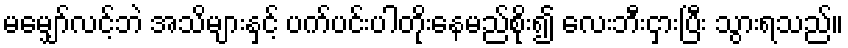
မမျှော်လင့်ဘဲ အသိများနှင့် ပက်ပင်းပါတိုးနေမည်စိုး၍ လေးဘီးငှားပြီး သွားရသည်။